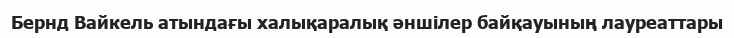
Бернд Вайкель атындағы халықаралық әншілер байқауының лауреаттары